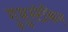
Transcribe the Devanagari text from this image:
गुमुस्टेकिन